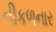
નીકળનાર